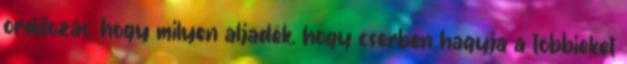
ordítozás, hogy milyen aljadék, hogy cserben hagyja a többieket